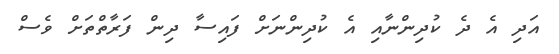
އަދި އެ ދެ ކުދިންނާއި އެ ކުދިންނަށް ފައިސާ ދިން ފަރާތްތަށް ވެސް